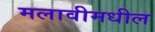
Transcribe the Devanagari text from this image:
मलावीमधील